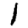
Digit: 1